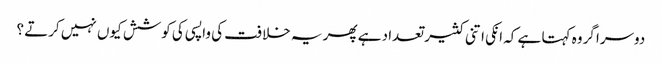
دوسرا گروہ کہتا ہے کہ انکی اتنی کثیر تعداد ہے پھر یہ خلافت کی واپسی کی کوشش کیوں نہیں کرتے ؟